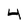
Character: 4